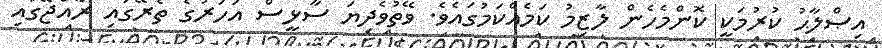
އިޞްލާޙު ކުރުމަކީ ކޮންމެހެން ލާޒިމު ކަމެއްކަމުގައެވެ. ވޭތުވެދިޔަ ސާޅީސް އަހަރުގެ ތެރޭގައި ރާއްޖޭގައި